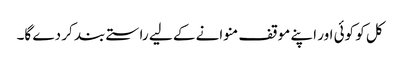
کل کو کوئی اور اپنے موقف منوانے کے لیے راستے بند کر دے گا۔